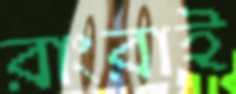
রাংরাই